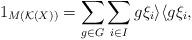
LaTeX: \begin{align*}1_{M(\mathcal{K}(X))} = \sum_{g\in G}^{} \sum_{i \in I}^{}g\xi_i\rangle \langle g\xi_i ,\end{align*}